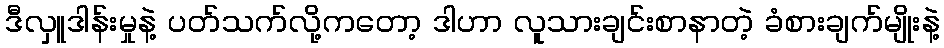
ဒီလှူဒါန်းမှုနဲ့ ပတ်သက်လို့ကတော့ ဒါဟာ လူသားချင်းစာနာတဲ့ ခံစားချက်မျိုးနဲ့